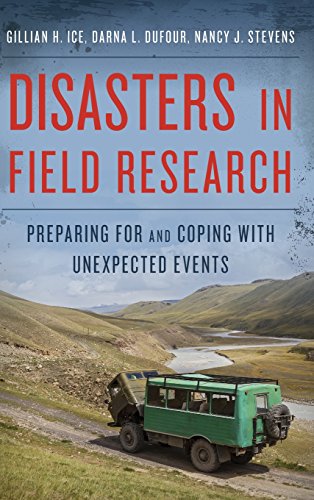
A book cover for Disasters in Field Research: Preparing for and Coping with Unexpected Events; Gillian H. Ice; Science & Math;